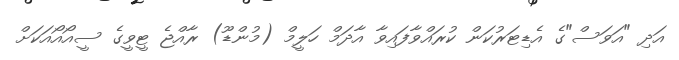
އަދި "އަވަސް"ގެ އެޑިޓަރުކަން ކުރައްވާފައިވާ އާދަމް ހަލީމް (މުންޑޫ) ރާއްޖެ ޓީވީގެ ސީއޯއޯއަކަށް